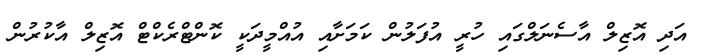
އަދި އޮޒިލް އާސެނަލްގައި ހުރީ އުފަލުން ކަމަށާއި އުއްމީދަކީ ކޮންޓްރެކްޓް އޮޒިލް އާކުރުން